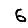
Digit: 6